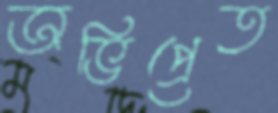
অভিপ্রেত